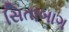
સિતાબાગ